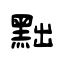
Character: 黜